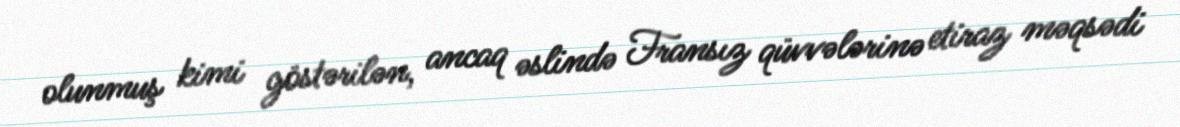
olunmuş kimi göstərilən, ancaq əslində Fransız qüvvələrinə etiraz məqsədi